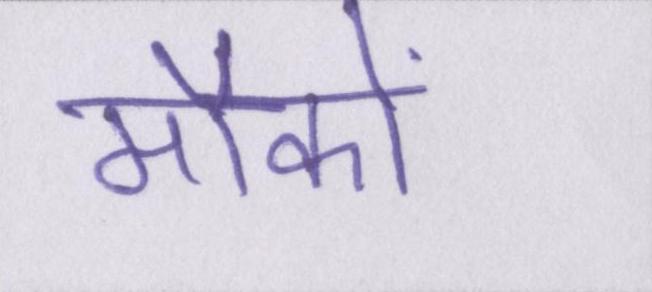
मौकों